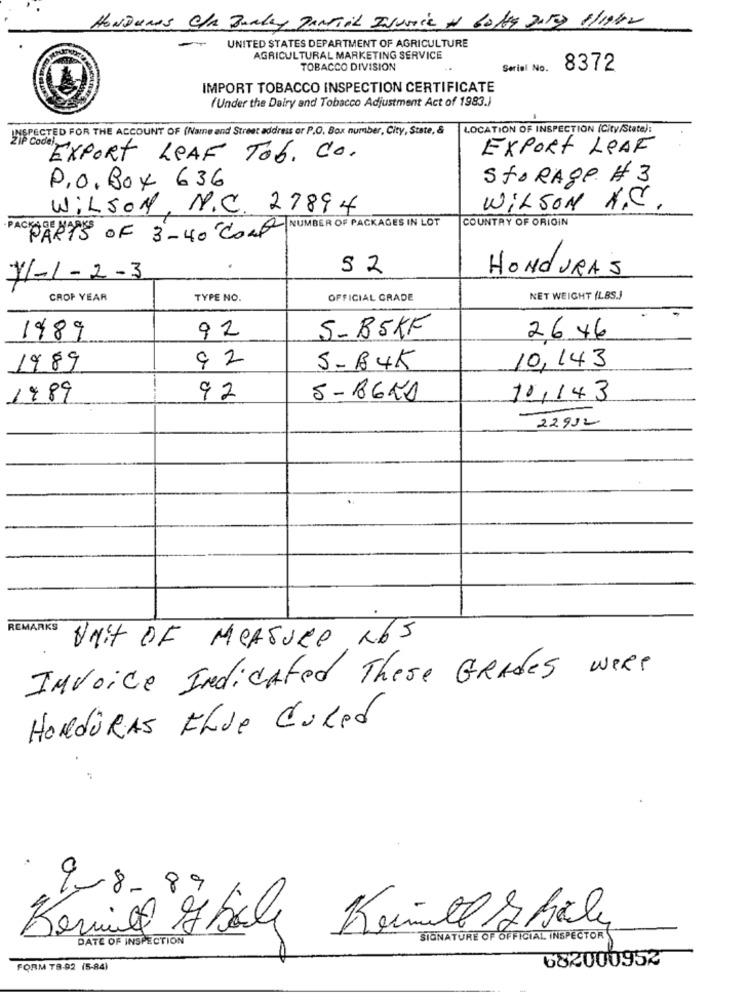
HONDURAS C/A Burley PARTIAL INVOICE + Gotta DATOS 1/1992
UNITED STATES DEPARTMENT OF AGRICULTURE
AGRICULTURAL MARKETING SERVICE
TOBACCO DIVISION
Serial No.
8372
IMPORT TOBACCO INSPECTION CERTIFICATE
(Under the Dairy and Tobacco Adjustment Act of 1983.)
INSPECTED FOR THE ACCOUNT OF (Name and Street address or P.O. Box number, City, State, &
LOCATION OF INSPECTION (City/State):
EXPORT LEAF
EXPORT LEAF TOb. Co.
P.O. Box 636
STORAge # 3
WILSON, N.C. 27894
WILSON A.C .
COUNTRY OF ORIGIN
PARTS OF 3-40 COL NUMBER OF PACKAGES IN LOT
52
HONDURAS
y/-1-2-3
CROP YEAR
TYPE NO.
OFFICIAL GRADE
NET WEIGHT (LBS.J
92
S-BSKF
1989
2646
9 2
1989
5-B4K
10,143
1989
92
5- 8620
14,143
22912
REMARKS
UNIT OF MEASURE 265
Invoice Indicated These GRAdes weRe
HONDURAS FLJe CuRed
2-8.89
DATE OF INSPECTION
SIGNATURE OF OFFICIAL INSPECTOR
682000952
FORM 78-92 (5-84)